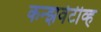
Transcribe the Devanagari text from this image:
कन्झर्वेटीव्ह